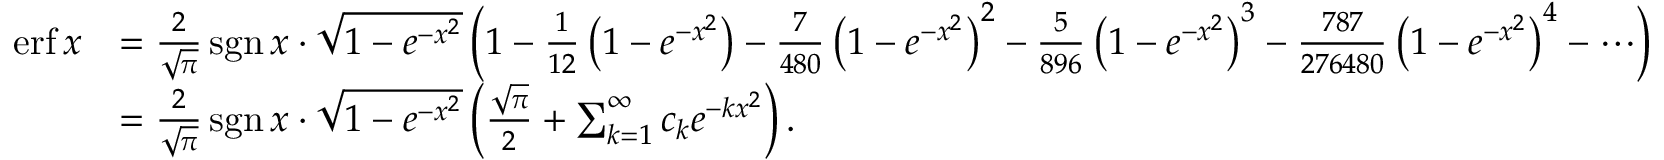
{ \begin{array} { r l } { \operatorname { e r f } x } & { = { \frac { 2 } { \sqrt { \pi } } } \operatorname { s g n } x \cdot { \sqrt { 1 - e ^ { - x ^ { 2 } } } } \left( 1 - { \frac { 1 } { 1 2 } } \left( 1 - e ^ { - x ^ { 2 } } \right) - { \frac { 7 } { 4 8 0 } } \left( 1 - e ^ { - x ^ { 2 } } \right) ^ { 2 } - { \frac { 5 } { 8 9 6 } } \left( 1 - e ^ { - x ^ { 2 } } \right) ^ { 3 } - { \frac { 7 8 7 } { 2 7 6 4 8 0 } } \left( 1 - e ^ { - x ^ { 2 } } \right) ^ { 4 } - \cdots \right) } \\ & { = { \frac { 2 } { \sqrt { \pi } } } \operatorname { s g n } x \cdot { \sqrt { 1 - e ^ { - x ^ { 2 } } } } \left( { \frac { \sqrt { \pi } } { 2 } } + \sum _ { k = 1 } ^ { \infty } c _ { k } e ^ { - k x ^ { 2 } } \right) . } \end{array} }